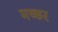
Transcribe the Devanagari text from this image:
मच्‍छर